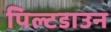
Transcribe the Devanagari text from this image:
पिल्टडाउन